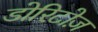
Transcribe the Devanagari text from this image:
डोरिटोज़